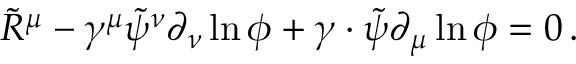
\tilde { R } ^ { \mu } - \gamma ^ { \mu } \tilde { \psi } ^ { \nu } \partial _ { \nu } \ln \phi + \gamma \cdot \tilde { \psi } \partial _ { \mu } \ln \phi = 0 \, .